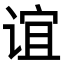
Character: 谊